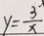
y = \frac { 3 ^ { . } } { x }